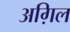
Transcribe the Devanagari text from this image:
अग़िल